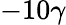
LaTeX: -10\gamma